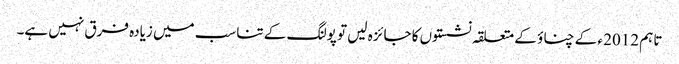
تاہم 2012 ء کے چناؤ کے متعلقہ نشستوں کا جائزہ لیں تو پولنگ کے تناسب میں زیادہ فرق نہیں ہے۔